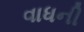
વાધની